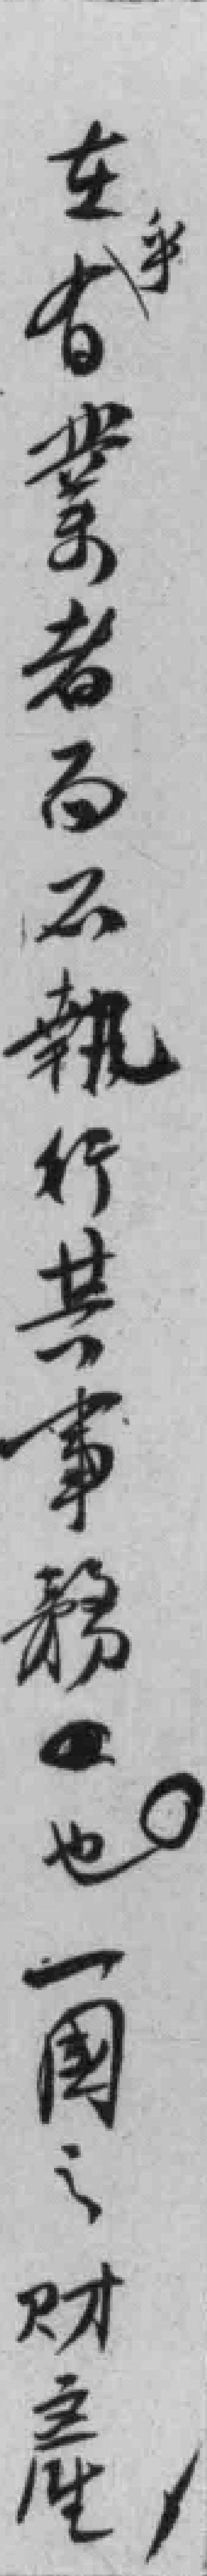
*乎右業者*不執行共事務也。一国之财產